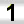
Digit: 1